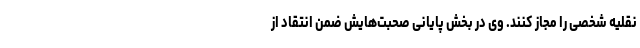
نقلیه شخصی را مجاز کنند. وی در بخش پایانی صحبت‌هایش ضمن انتقاد از